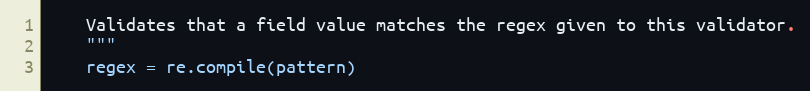
Language: Python
    Validates that a field value matches the regex given to this validator.
    """
    regex = re.compile(pattern)